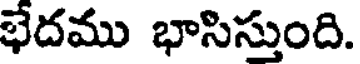
భేదము భాసిస్తుంది.